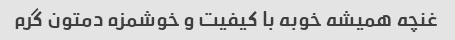
غنچه همیشه خوبه با کیفیت و خوشمزه دمتون گرم